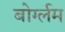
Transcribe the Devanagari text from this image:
बोर्ग्लम